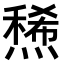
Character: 𤏤